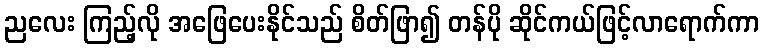
ညလေး ကြည့်လို အဖြေပေးနိုင်သည် စိတ်ဖြာ၍ တန်ပို ဆိုင်ကယ်ဖြင့်လာရောက်ကာ